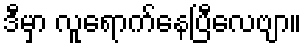
ဒီမှာ လူရောက်နေပြီလေဗျာ။